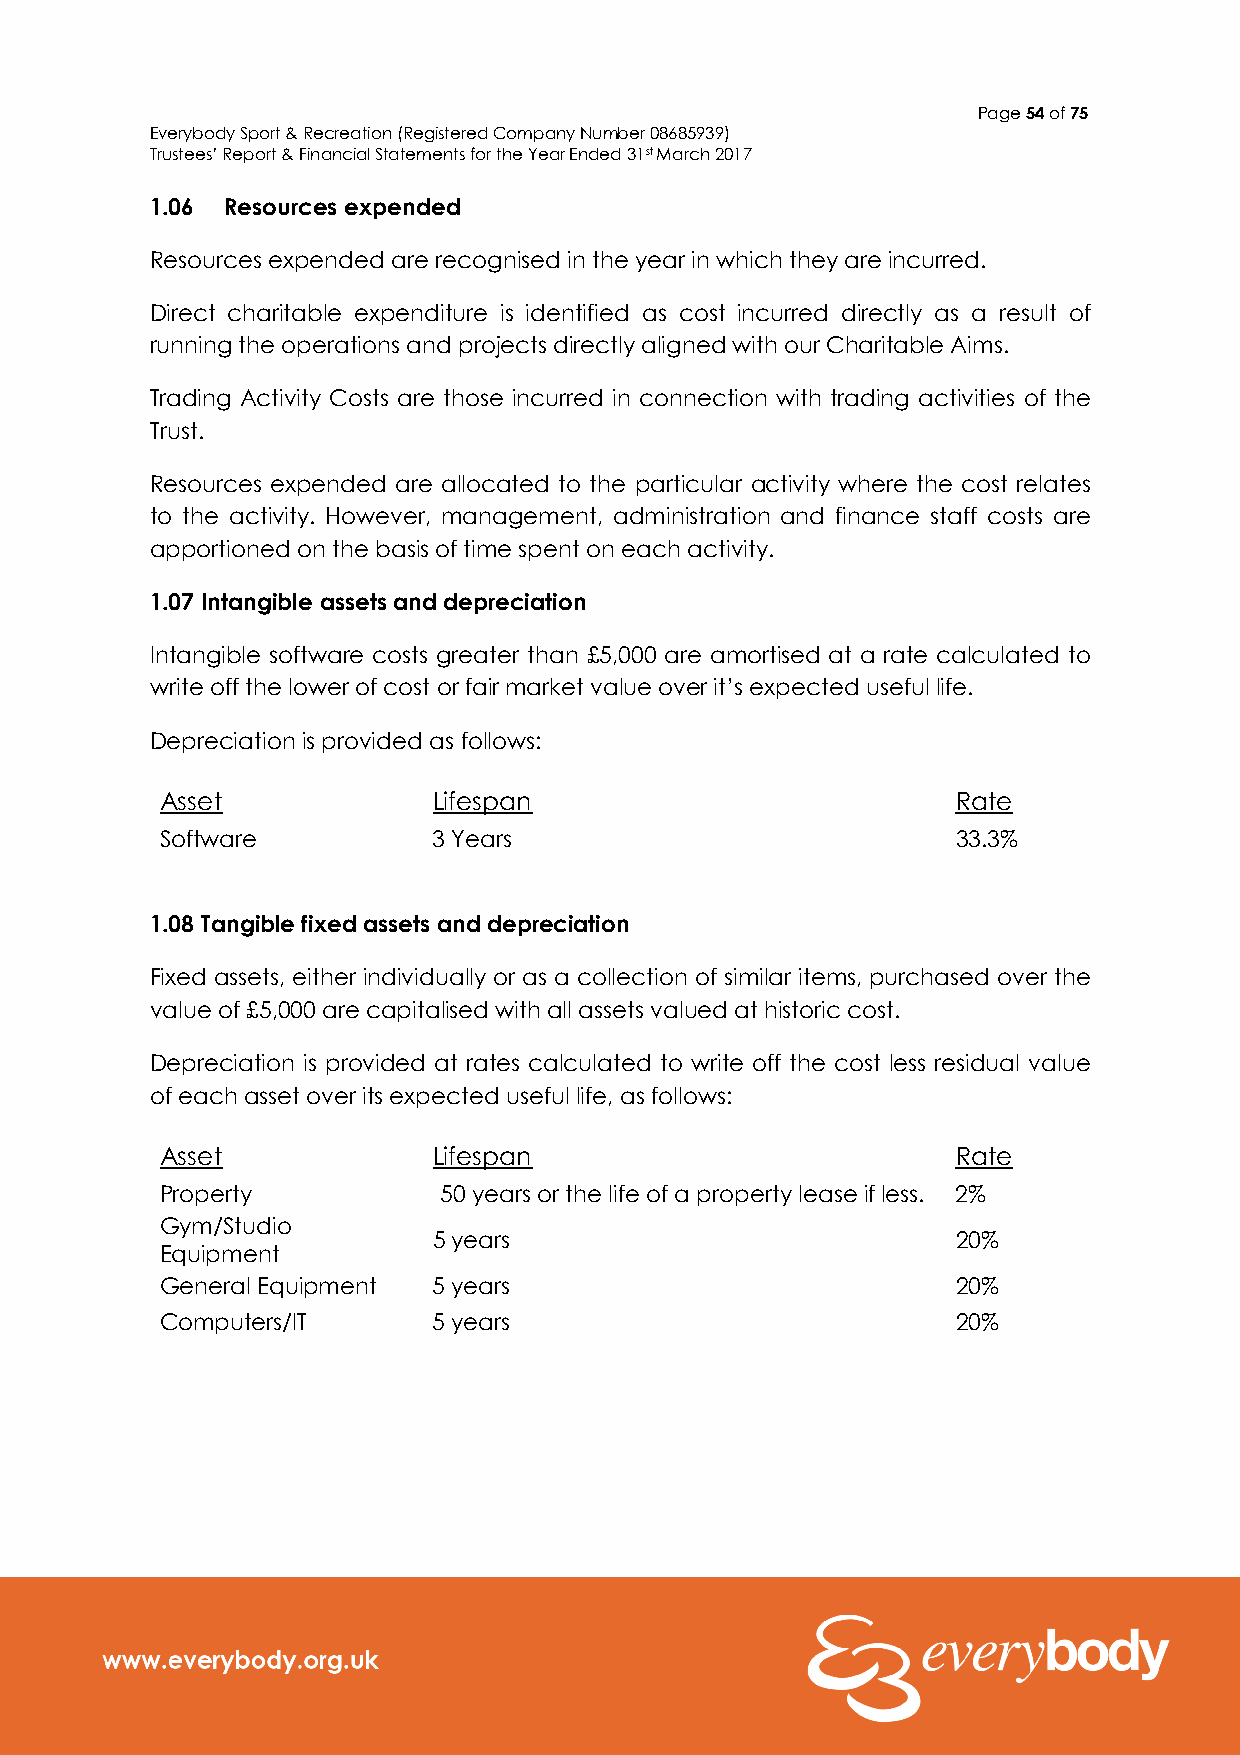
Page 54 of 75
 Everybody Sport & Recreation (Registered Company Number 08685939)
 Trustees’ Report & Financial Statements for the Year Ended 31st March 2017
 1.06 Resources expended
 Resources expended are recognised in the year in which they are incurred.
 Direct charitable expenditure is identified as cost incurred directly as a result of
 running the operations and projects directly aligned with our Charitable Aims.
 Trading Activity Costs are those incurred in connection with trading activities of the
 Trust.
 Resources expended are allocated to the particular activity where the cost relates
 to the activity. However, management, administration and finance staff costs are
 apportioned on the basis of time spent on each activity.
 1.07 Intangible assets and depreciation
 Intangible software costs greater than £5,000 are amortised at a rate calculated to
 write off the lower of cost or fair market value over it’s expected useful life.
 Depreciation is provided as follows:
 Asset             Lifespan                          Rate
 Software          3 Years                           33.3%
 1.08 Tangible fixed assets and depreciation
 Fixed assets, either individually or as a collection of similar items, purchased over the
 value of £5,000 are capitalised with all assets valued at historic cost.
 Depreciation is provided at rates calculated to write off the cost less residual value
 of each asset over its expected useful life, as follows:
 Asset             Lifespan                          Rate
 Property          50 years or the life of a property lease if less. 2%
 Gym/Studio
 5 years                           20%
 Equipment
 General Equipment 5 years                           20%
 Computers/IT      5 years                           20%